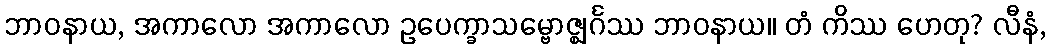
ဘာဝနာယ, အကာလော အကာလော ဥပေက္ခာသမ္ဗောဇ္ဈင်္ဂဿ ဘာဝနာယ။ တံ ကိဿ ဟေတု? လီနံ,